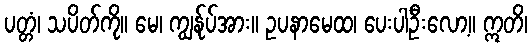
ပတ္တံ၊ သပိတ်ကို။ မေ၊ ကျွန်ုပ်အား။ ဥပနာမေထ၊ ပေးပါဦးလော့။ ဣတိ၊